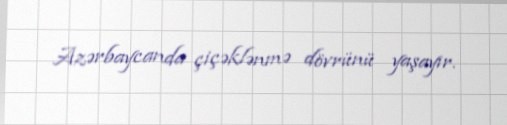
Azərbaycanda çiçəklənmə dövrünü yaşayır.